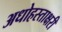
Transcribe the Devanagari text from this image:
अधोहस्ताक्षरी